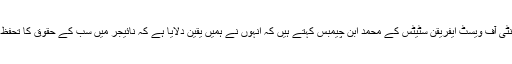
اکنامک کمیونٹی آف ویسٹ ایفریقن سٹیٹس کے محمد ابن چیمبس کہتے ہیں کہ انہوں نے ہمیں یقین دلایا ہے کہ نائیجر میں سب کے حقوق کا تحفظ کیا جائے گا۔